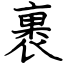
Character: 裹